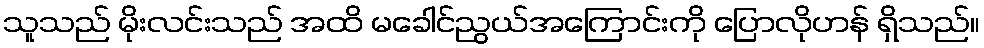
သူသည် မိုးလင်းသည် အထိ မခေါင်ညွယ်အကြောင်းကို ပြောလိုဟန် ရှိသည်။